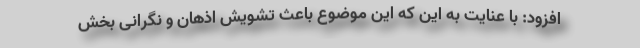
افزود: با عنایت به این که این موضوع باعث تشویش اذهان و نگرانی بخش